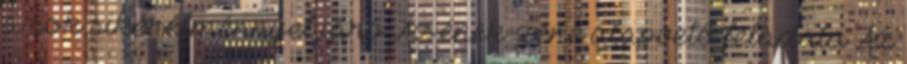
a sok sikerélménnyel járó Az ének-zene alapvető feladata Az